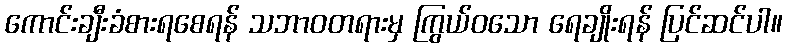
ကောင်းချီးခံစားရစေရန် သဘာဝတရားမှ ကြွယ်ဝသော ရေချိုးရန် ပြင်ဆင်ပါ။